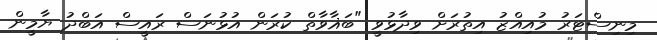
މިނިސްޓަރު މުއިއްޒު އިތުރަށް ވިދާޅުވީ "ބަޣާވާތް ކުރަން އުޅުނަސް ރައީސް އަބްދު ޔާމީން